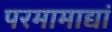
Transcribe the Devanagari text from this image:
परमामाद्यां